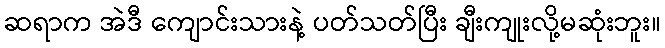
ဆရာက အဲဒီ ကျောင်းသားနဲ့ ပတ်သတ်ပြီး ချီးကျုးလို့မဆုံးဘူး။